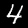
Label: 4